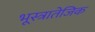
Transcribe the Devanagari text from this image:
भूस्त्रातेजिक